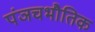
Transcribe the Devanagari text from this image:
पंञचभौतिक